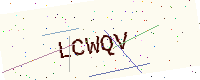
Text: LCWQV